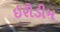
ઈરીડીમ